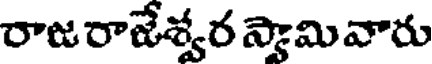
రాజరాజేశ్వర స్తామివారు